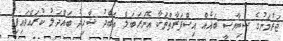
ޖަރުމަނުގެ ސިޔާސީ ބައެއް އިސްފަރާތްތަކާ އޮނަރަބަލް ޢަބްދު ޝާހިދު ބައްދަލު ކުރައްވައިފި